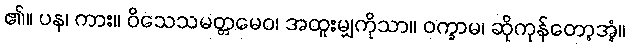
၏။ ပန၊ ကား။ ဝိသေသမတ္တမေဝ၊ အထူးမျှကိုသာ။ ဝက္ခာမ၊ ဆိုကုန်တော့အံ့။